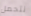
نتحمل